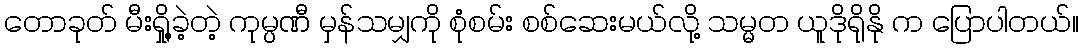
တောခုတ် မီးရှို့ခဲ့တဲ့ ကုမ္ပဏီ မှန်သမျှကို စုံစမ်း စစ်ဆေးမယ်လို့ သမ္မတ ယူဒိုရိုနို က ပြောပါတယ်။